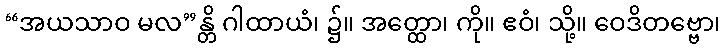
“အယသာဝ မလ”န္တိ ဂါထာယံ၊ ၌။ အတ္ထော၊ ကို။ ဧဝံ၊ သို့။ ဝေဒိတဗ္ဗော၊